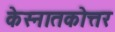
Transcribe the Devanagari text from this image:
केस्नातकोत्तर